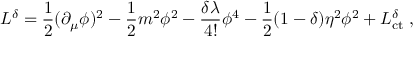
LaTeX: { \cal L } ^ { \delta } = \frac { 1 } { 2 } ( \partial _ { \mu } \phi ) ^ { 2 } - \frac { 1 } { 2 } m ^ { 2 } \phi ^ { 2 } - \frac { \delta \lambda } { 4 ! } \phi ^ { 4 } - \frac { 1 } { 2 } ( 1 - \delta ) \eta ^ { 2 } \phi ^ { 2 } + { \cal L } _ { \mathrm { c t } } ^ { \delta } \; ,